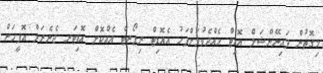
މިގޮތުން ފައިނޭންޝަލް އޮޑިޓް ހެއްދެވުމަށްފަހު އެއޮޑިޓް ރިޕޯރޓް އެއްކޮށް އޮޑިޓަރ ޖެނެރަލް އޮފީހަށް